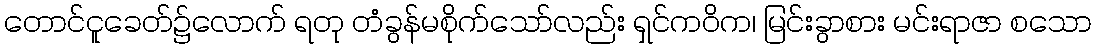
တောင်ငူခေတ်၌လောက် ရတု တံခွန်မစိုက်သော်လည်း ရှင်ကဝိက၊ မြင်းခွာစား မင်းရာဇာ စသော